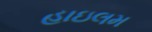
હાઇલમ